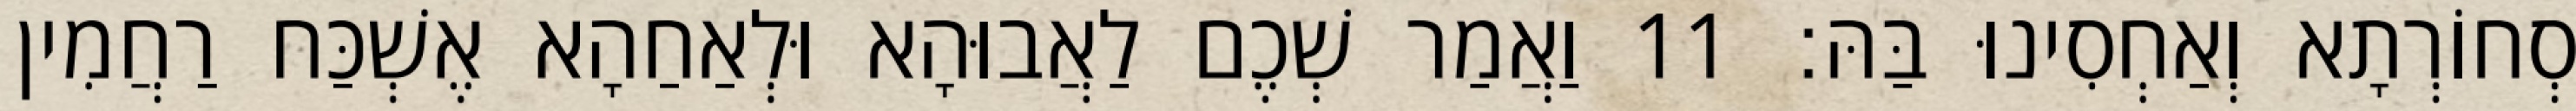
סְחוֹרְתָא וְאַחְסִינוּ בַּהּ׃ 11 וַאֲמַר שְׁכֶם לַאֲבוּהָא וּלְאַחַהָא אֶשְׁכַּח רַחֲמִין